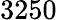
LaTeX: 3250